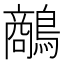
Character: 𪄲